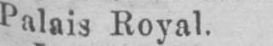
Palais Royal.